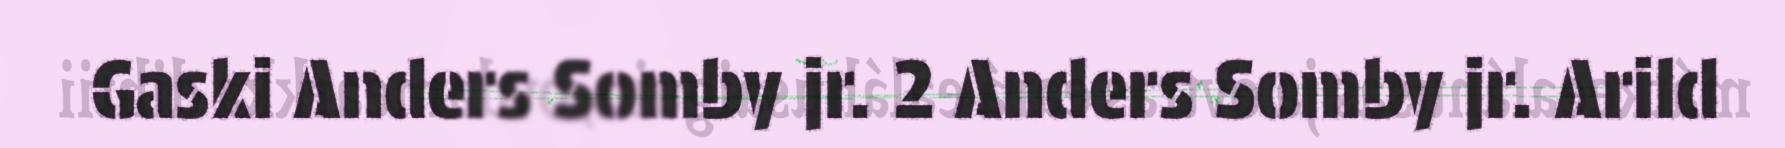
Gaski Anders Somby jr. 2 Anders Somby jr. Arild